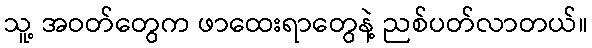
သူ့ အဝတ်တွေက ဖာထေးရာတွေနဲ့ ညစ်ပတ်လာတယ်။